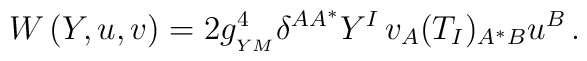
W\left(Y,u,v\right)=2g^4_{_{YM}}\delta^{AA^*}Y^I\,v_A(T_I)_{A^*B}u^B\,.